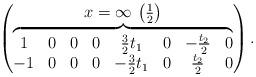
LaTeX: \begin{gather*}\left(\begin{matrix}x=\infty\,\left( \frac12 \right) \\\overbrace{\begin{matrix}1 & 0 & 0 & 0 & \frac32 t_1 & 0 & -\frac{t_2}{2} & 0 \\-1 & 0 & 0 & 0 & -\frac32 t_1 & 0 & \frac{t_2}{2} & 0\end{matrix}}\end{matrix}\right).\end{gather*}